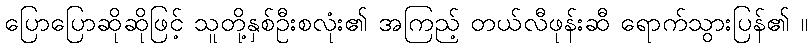
ပြောပြောဆိုဆိုဖြင့် သူတို့နှစ်ဦးစလုံး၏ အကြည့် တယ်လီဖုန်းဆီ ရောက်သွားပြန်၏ ။